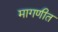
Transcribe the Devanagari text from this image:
मागणीत